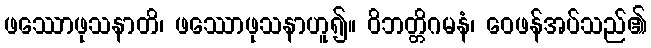
ဖဿောဖုသနာတိ၊ ဖဿောဖုသနာဟူ၍။ ဝိဘတ္တိဂမနံ၊ ဝေဖန်အပ်သည်၏